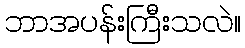
ဘာအပန်းကြီးသလဲ။